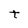
Character: t